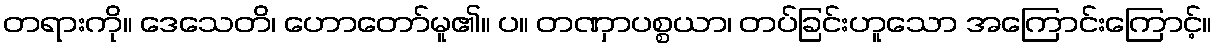
တရားကို။ ဒေသေတိ၊ ဟောတော်မူ၏။ ပ။ တဏှာပစ္စယာ၊ တပ်ခြင်းဟူသော အကြောင်းကြောင့်။